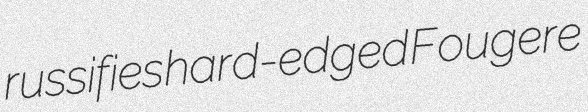
russifies hard-edged Fougere